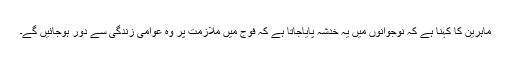
ماہرین کا کہنا ہے کہ نوجوانوں میں یہ خدشہ پایاجاتا ہے کہ فوج میں ملازمت پر وہ عوامی زندگی سے دور ہوجائیں گے۔